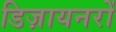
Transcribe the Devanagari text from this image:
डिज़ायनरों